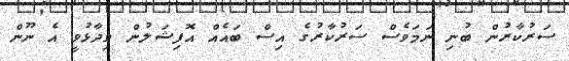
ސަރުކާރުން ބުނި ނަމަވެސް ސަރުކާރުގެ އިސް ބައެއް އޮފިޝަލުން ވިދާޅުވީ އެ ނޫން